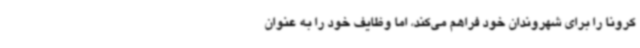
کرونا را برای شهروندان خود فراهم می‌کند، اما وظایف خود را به عنوان